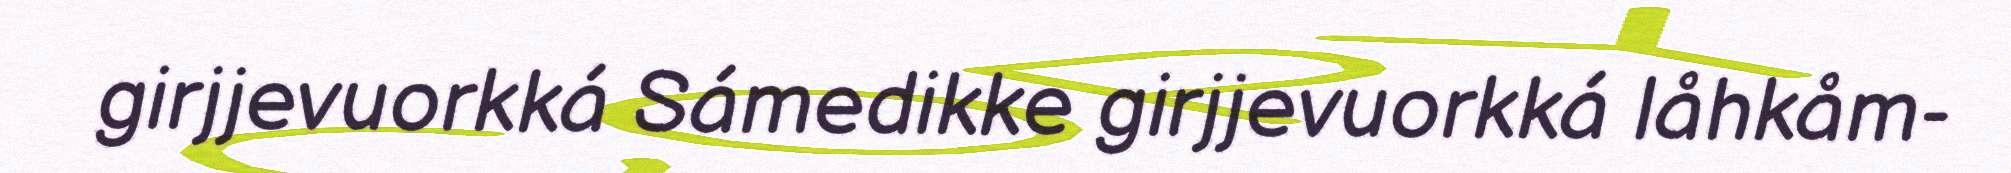
girjjevuorkká Sámedikke girjjevuorkká låhkåm-